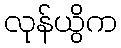
လုန်ယွိက